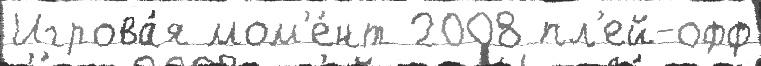
Игрова́я мом'е́нт 2008 пл'ей-офф